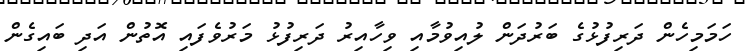
ހަމަމިހެން ދަރިފުޅުގެ ބަރުދަން ލުއިވުމާއި ވިހާއިރު ދަރިފުޅު މަރުވެފައި އޮތުން އަދި ބައިގެން